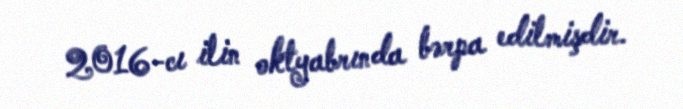
2016-cı ilin oktyabrında bərpa edilmişdir.